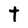
Character: t